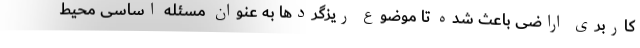
کاربری اراضی باعث شده تا موضوع ریزگردها به عنوان مسئله اساسی محیط